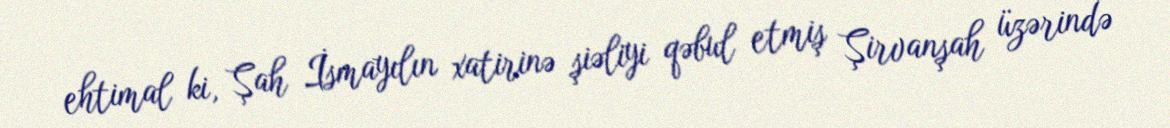
ehtimal ki, Şah İsmayılın xatirinə şiəliyi qəbul etmiş Şirvanşah üzərində